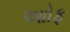
આોફ